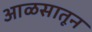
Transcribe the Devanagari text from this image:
आळसातून